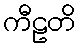
ကီဠတိ